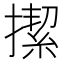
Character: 𢴲